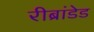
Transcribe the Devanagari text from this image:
रीब्रांडेड